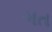
ગત